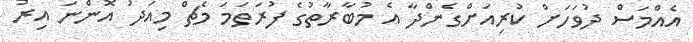
އެއްމަސް ދުވަހަށް ކުރިއަށްގެންދާ އެ މުބާރާތުގެ ފުރަތަމަ މެޗް މިއަދު އޮންނަ އިރު